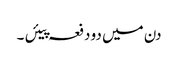
دن میں دو دفعہ پیئں ۔